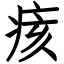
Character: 痎